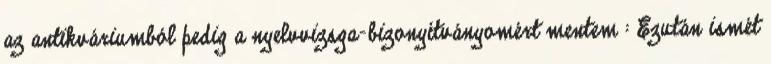
az antikváriumból pedig a nyelvvizsga-bizonyítványomért mentem : Ezután ismét